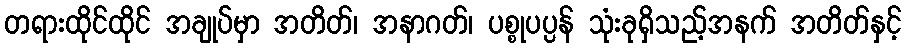
တရားထိုင်ထိုင် အချုပ်မှာ အတိတ်၊ အနာဂတ်၊ ပစ္စုပပ္ပန် သုံးခုရှိသည့်အနက် အတိတ်နှင့်